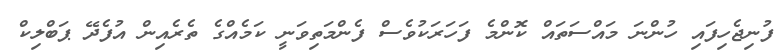
ފުނިޖެހިފައި ހުންނަ މައްސަތައް ކޮންމެ ފަހަރަކުވެސް ފެންމަތިވަނީ ކަމެއްގެ ތެރެއިން އުފެދޭ ޕަބްލިކް